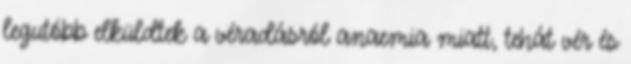
legutóbb elküldtek a véradásról anaemia miatt, tehát vér és